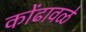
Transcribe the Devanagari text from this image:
कोंढावळे